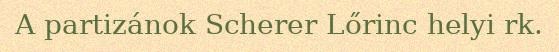
A partizánok Scherer Lőrinc helyi rk.